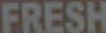
FRESH